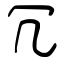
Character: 冗